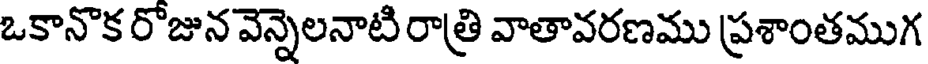
ఒకానొక రొజున వెన్నెలనాటి రాత్రి వాతావరణము ప్రశాంతముగ